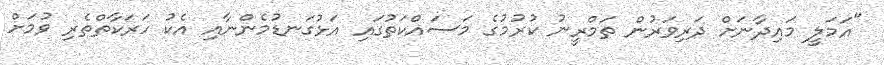
"އަމަލީ މައިދާނަށް ދަރިވަރުން ތަމްރީނު ކުރުމުގެ މަސައްކަތުގައި އަޅުގަނޑުމެންނާއި އެކު ހަރަކާތްތެރި ވުމަށް